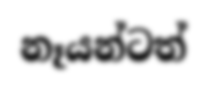
නෑයන්ටත්